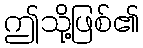
ဤသို့ဖြစ်၏